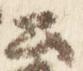
公